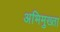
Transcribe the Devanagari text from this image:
अभिमुख्ता